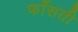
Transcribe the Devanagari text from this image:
फाँसती